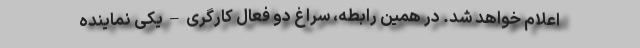
اعلام خواهد شد. در همین رابطه، سراغ دو فعال کارگری – یکی نماینده